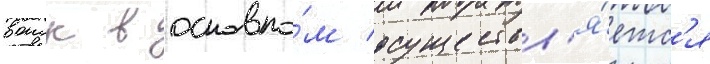
воиск в основно́м осуществл'я́етс'я